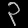
Digit: ၃